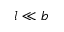
l \ll b